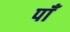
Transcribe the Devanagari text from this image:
पाँ